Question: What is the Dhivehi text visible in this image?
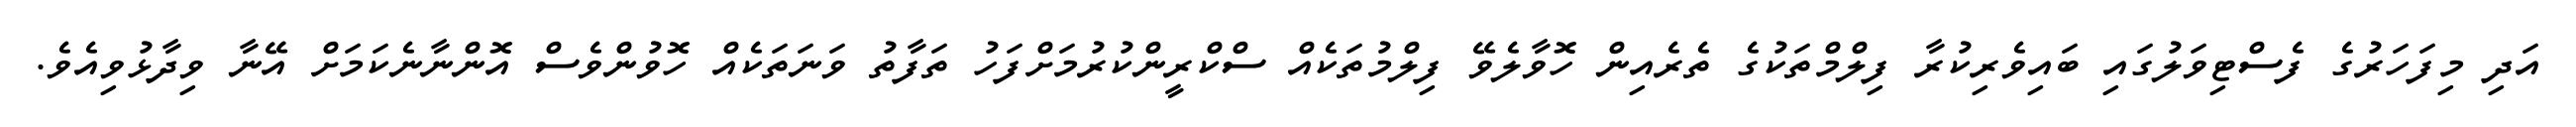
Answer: އަދި މިފަހަރުގެ ފެސްޓިވަލުގައި ބައިވެރިކުރާ ފިލްމްތަކުގެ ތެރެއިން ހޮވާލެވޭ ފިލްމުތަކެއް ސްކްރީންކުރުމަށްފަހު ތަފާތު ވަނަތަކެއް ހޮވުންވެސް އޮންނާނެކަމަށް އޭނާ ވިދާޅުވިއެވެ.